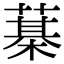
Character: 𦻆